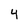
Character: 4